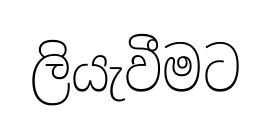
ලියැවීමට